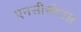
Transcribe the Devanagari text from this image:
एनसीसीएस